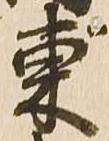
東